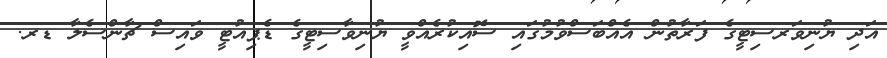
އަދި ޔުނިވަރސިޓީގެ ފަރާތުން އެއްބަސްވުމުގައި ސޮއިކުރެއްވީ ޔުނިވާސިޓީގެ ޑެޕިއުޓީ ވައިސް ޗާންސެލާ ޑރ.